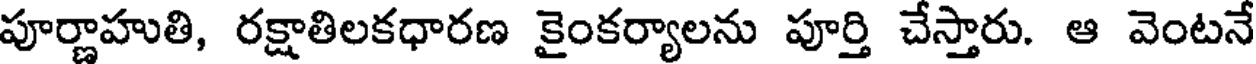
పూర్ణాహుతి, రక్షాతిలకధారణ కైంకర్యాలను పూర్తి చేస్తారు. ఆ వెంటనే